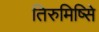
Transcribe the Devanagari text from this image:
तिरुमिष्सिे